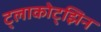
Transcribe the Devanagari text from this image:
ट्लाकोट्झिन